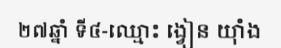
២៧ឆ្នាំ ទី៤-ឈ្មោះ ង្វៀន យ៉ាំង